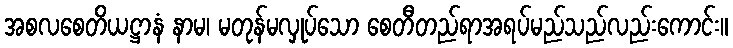
အစလစေတိယဋ္ဌာနံ နာမ၊ မတုန်မလှုပ်သော စေတီတည်ရာအရပ်မည်သည်လည်းကောင်း။